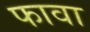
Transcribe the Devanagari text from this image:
फावा